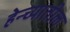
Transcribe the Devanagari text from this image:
हेन्च्यातील